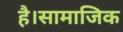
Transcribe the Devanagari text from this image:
है।सामाजिक